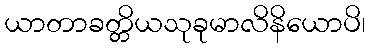
ယာတာခတ္တိယသုခုမာလိနိယောပိ၊